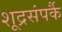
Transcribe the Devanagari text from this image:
शूद्रसंपर्कै